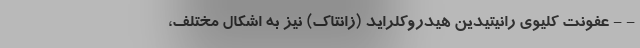
- - عفونت کلیوی رانیتیدین هیدروکلراید (زانتاک) نیز به اشکال مختلف،